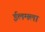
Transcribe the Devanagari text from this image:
ईलमला